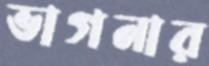
ভাগনার